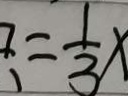
= \frac { 1 } { 3 } x